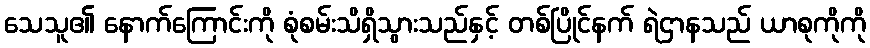
သေသူ၏ နောက်ကြောင်းကို စုံစမ်းသိရှိသွားသည်နှင့် တစ်ပြိုင်နက် ရဲဌာနသည် ယာစုကိုကို